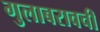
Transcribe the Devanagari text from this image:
गुलाबरावची